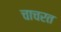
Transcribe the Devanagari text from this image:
चाचरत